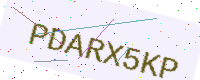
Text: PDARX5KP